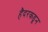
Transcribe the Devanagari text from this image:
हैदरकडून